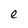
Character: e